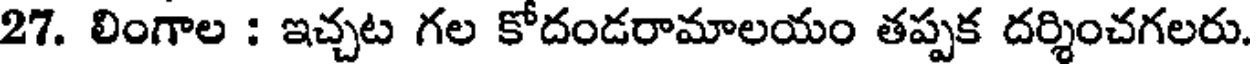
27. లింగాల : ఇచ్చట గల కోదండరామాలయం తప్పక దర్శించగలరు.